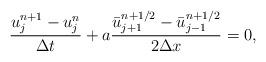
LaTeX: \begin{align*}\dfrac{u^{n+1}_{j}-u^{n}_{j}}{\Delta t} + a \dfrac{\bar{u}^{n+1/2}_{j+1}-\bar{u}^{n+1/2}_{j-1}}{2 \Delta x}=0,\end{align*}